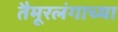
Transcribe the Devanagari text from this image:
तैमूरलंगाच्या